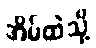
အိမ်ထဲသို့